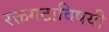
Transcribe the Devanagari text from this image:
रक्तगटाविषयी